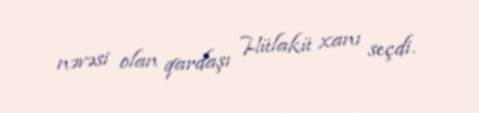
nəvəsi olan qardaşı Hülakü xanı seçdi.